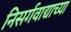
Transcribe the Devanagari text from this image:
निसर्गवाद्याच्या